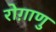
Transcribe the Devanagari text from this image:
रोग़ाणु